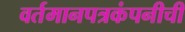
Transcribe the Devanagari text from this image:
वर्तमानपत्रकंपनीची